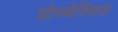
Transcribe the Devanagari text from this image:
प्रोच्चेस्सिङ